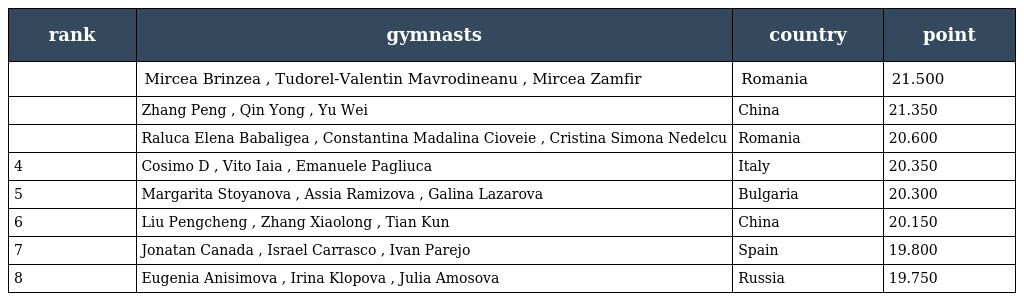
| rank | gymnasts | country | point |
 | --- | --- | --- | --- |
 |  | Mircea Brinzea , Tudorel-Valentin Mavrodineanu , Mircea Zamfir | Romania | 21.500 |
 |  | Zhang Peng , Qin Yong , Yu Wei | China | 21.350 |
 |  | Raluca Elena Babaligea , Constantina Madalina Cioveie , Cristina Simona Nedelcu | Romania | 20.600 |
 | 4 | Cosimo D , Vito Iaia , Emanuele Pagliuca | Italy | 20.350 |
 | 5 | Margarita Stoyanova , Assia Ramizova , Galina Lazarova | Bulgaria | 20.300 |
 | 6 | Liu Pengcheng , Zhang Xiaolong , Tian Kun | China | 20.150 |
 | 7 | Jonatan Canada , Israel Carrasco , Ivan Parejo | Spain | 19.800 |
 | 8 | Eugenia Anisimova , Irina Klopova , Julia Amosova | Russia | 19.750 |